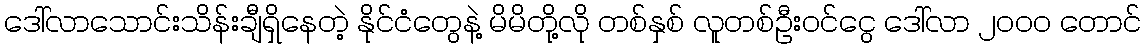
ဒေါ်လာသောင်းသိန်းချီရှိနေတဲ့ နိုင်ငံတွေနဲ့ မိမိတို့လို တစ်နှစ် လူတစ်ဦးဝင်ငွေ ဒေါ်လာ ၂၀၀၀ တောင်